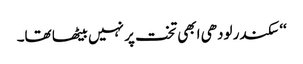
‘‘ سکندر لودھی ابھی تخت پر نہیں بیٹھا تھا۔